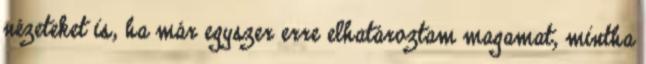
nézeteket is, ha már egyszer erre elhatároztam magamat, mintha